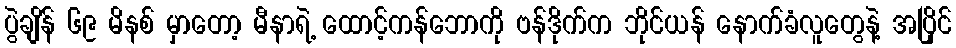
ပွဲချိန် ၆၉ မိနစ် မှာတော့ မီနာရဲ့ ထောင့်ကန်ဘောကို ဗန်ဒိုက်က ဘိုင်ယန် နောက်ခံလူတွေနဲ့ အပြိုင်